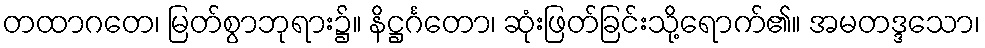
တထာဂတေ၊ မြတ်စွာဘုရား၌။ နိဋ္ဌင်္ဂတော၊ ဆုံးဖြတ်ခြင်းသို့ရောက်၏။ အမတဒ္ဒသော၊